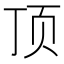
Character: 顶